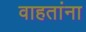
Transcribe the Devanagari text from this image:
वाहतांना